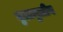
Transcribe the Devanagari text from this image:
मुलामुलीन